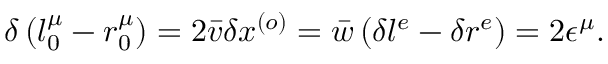
\delta \left( l _ { 0 } ^ { \mu } - r _ { 0 } ^ { \mu } \right) = 2 \bar { v } \delta x ^ { \left( o \right) } = \bar { w } \left( \delta l ^ { e } - \delta r ^ { e } \right) = 2 \epsilon ^ { \mu } .